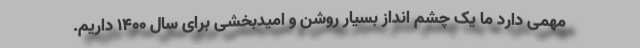
مهمی دارد ما یک چشم انداز بسیار روشن و امیدبخشی برای سال ۱۴۰۰ داریم.